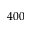
4 0 0